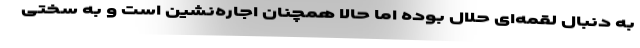
به دنبال لقمه‌ای حلال بوده اما حالا همچنان اجاره‌نشین است و به سختی